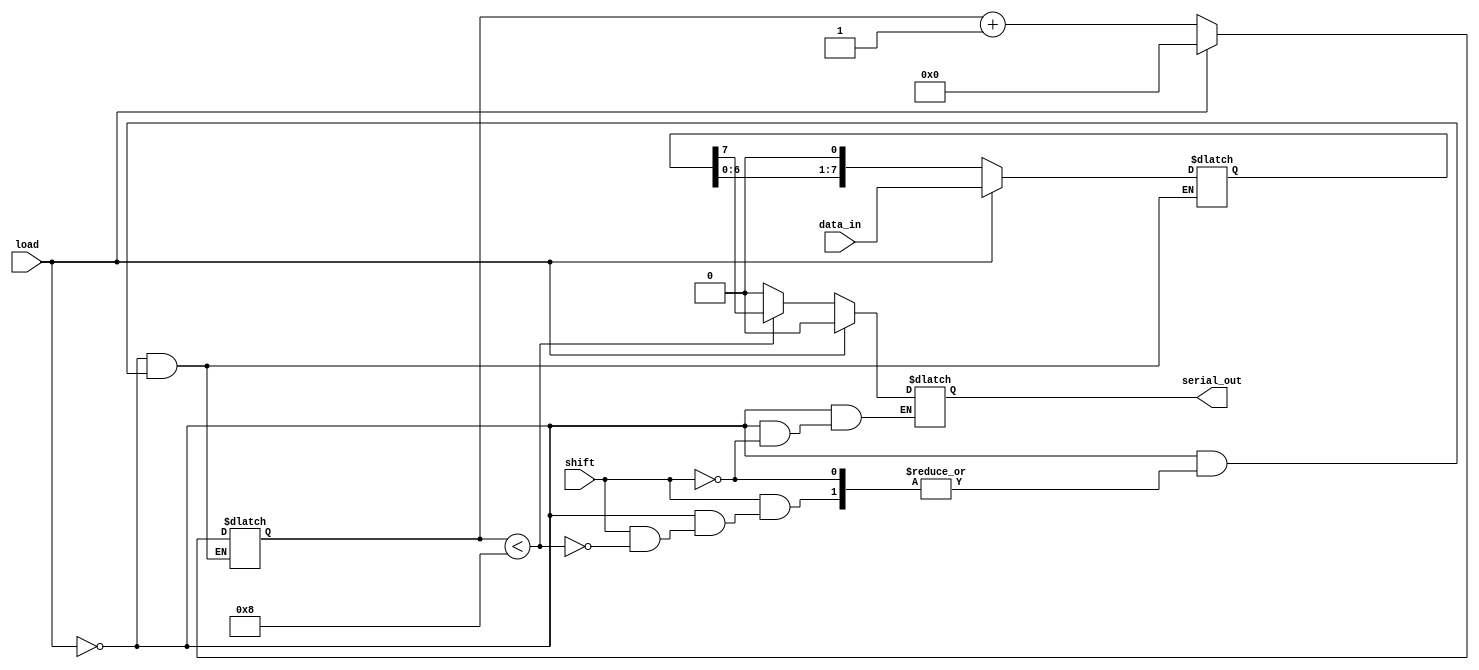
module async_piso #(
    parameter N = 8 // Width of the register
)(
    input wire [N-1:0] data_in, // Parallel data input
    input wire load,             // Asynchronous load signal
    input wire shift,            // Asynchronous shift signal
    output reg serial_out        // Serial output
);

    reg [N-1:0] shift_reg; // Internal shift register
    reg [N-1:0] count;      // Counter to track number of shifts

    always @* begin
        // Load operation
        if (load) begin
            shift_reg = data_in; // Load data in parallel
            count = 0;           // Reset shift count
            serial_out = 1'b0;   // Reset serial_out during load
        end
        // Shift operation
        else if (shift) begin
            if (count < N) begin
                serial_out = shift_reg[N-1]; // Output MSB
                shift_reg = {shift_reg[N-2:0], 1'b0}; // Shift left
                count = count + 1; // Increment shift count
            end else begin
                serial_out = 1'b0; // After all bits shifted out, set serial_out to 0
            end
        end
    end

endmodule